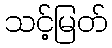
သင့်မြတ်